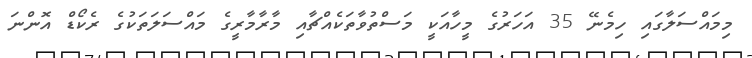
މިމައްސަލާގައި ހިމެނޭ 35 އަހަރުގެ މީހާއަކީ މަސްތުވާތަކެއްޗާއި މާރާމާރީގެ މައްސަލަތަކުގެ ރެކޯޑް އޮންނަ